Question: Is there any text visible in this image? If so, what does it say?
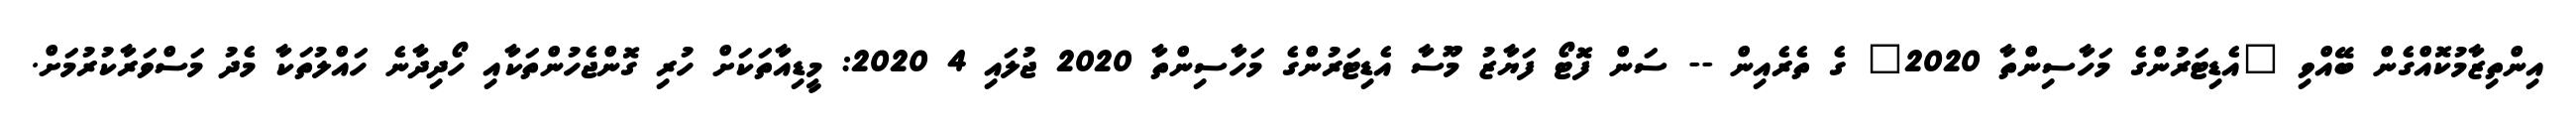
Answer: އިންތިޒާމުކޮއްގެން ބޭއްވި "އެޑިޓަރުންގެ މަހާސިންތާ 2020" ގެ ތެރެއިން -- ސަން ފޮޓޯ ފަޔާޒު މޫސާ އެޑިޓަރުންގެ މަހާސިންތާ 2020 ޖުލައި 4 2020: މީޑިއާތަކަށް ހުރި ގޮންޖެހުންތަކާއި ހޯދިދާނެ ހައްލުތަކާ މެދު މަސްވަރާކުރުމަށް.